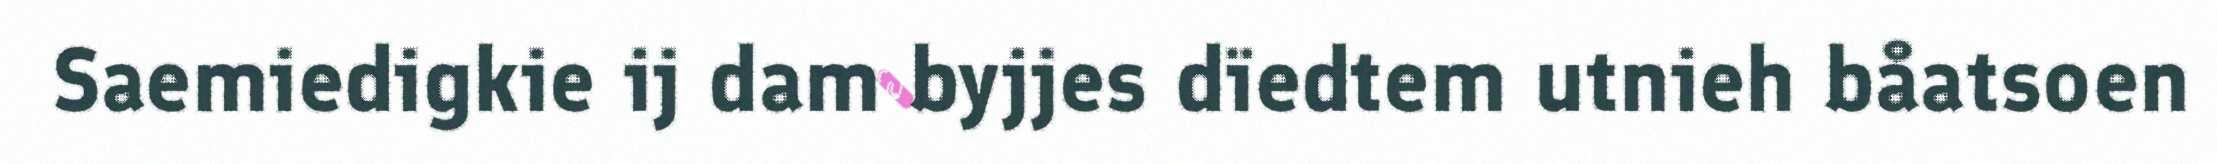
Saemiedigkie ij dam byjjes dïedtem utnieh båatsoen